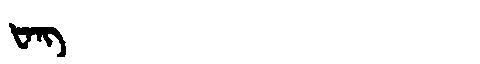
Manchu: ᡶᠠᠩ
Romanization: FANG